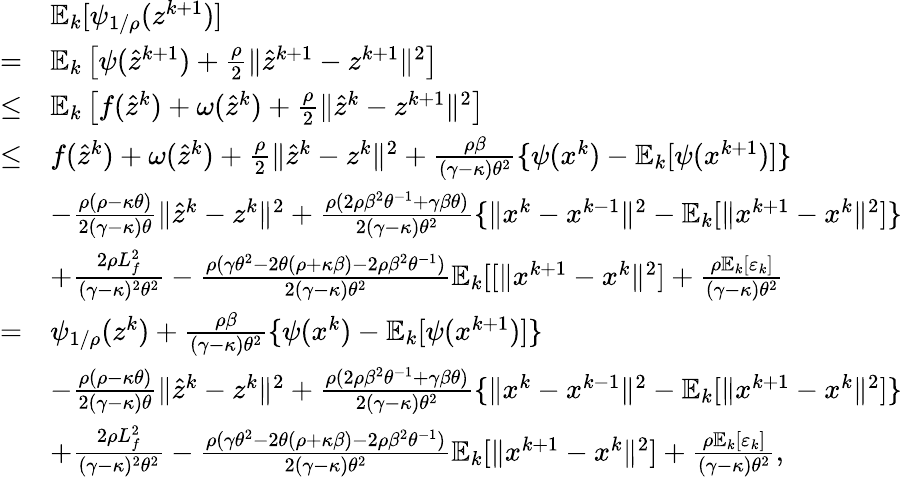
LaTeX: \begin{array}{rl}&{\mathbb{E}_{k}[\psi_{1/\rho}(z^{k+1})]}\\ {=}&{\mathbb{E}_{k}\left[\psi(\hat{z}^{k+1})+\frac{\rho}{2}\| \hat{z}^{k+1}-z^{k+1}\| ^{2}\right]}\\ {\leq}&{\mathbb{E}_{k}\left[f(\hat{z}^{k})+\omega(\hat{z}^{k})+\frac{\rho}{2}\| \hat{z}^{k}-z^{k+1}\| ^{2}\right]}\\ {\leq}&{f(\hat{z}^{k})+\omega(\hat{z}^{k})+\frac{\rho}{2}\| \hat{z}^{k}-z^{k}\| ^{2}+\frac{\rho\beta}{(\gamma-\kappa)\theta^{2}}\{ \psi(x^{k})-\mathbb{E}_{k}[\psi(x^{k+1})]\} }\\ &{-\frac{\rho(\rho-\kappa\theta)}{2(\gamma-\kappa)\theta}\| \hat{z}^{k}-z^{k}\| ^{2}+\frac{\rho(2\rho\beta^{2}\theta^{-1}+\gamma\beta\theta)}{2(\gamma-\kappa)\theta^{2}}\{ \| x^{k}-x^{k-1}\| ^{2}-\mathbb{E}_{k}[\| x^{k+1}-x^{k}\| ^{2}]\} }\\ &{+\frac{2\rho L_{f}^{2}}{(\gamma-\kappa)^{2}\theta^{2}}-\frac{\rho(\gamma\theta^{2}-2\theta(\rho+\kappa\beta)-2\rho\beta^{2}\theta^{-1})}{2(\gamma-\kappa)\theta^{2}}\mathbb{E}_{k}[[\| x^{k+1}-x^{k}\| ^{2}]+\frac{\rho\mathbb{E}_{k}[\varepsilon_{k}]}{(\gamma-\kappa)\theta^{2}}}\\ {=}&{\psi_{1/\rho}(z^{k})+\frac{\rho\beta}{(\gamma-\kappa)\theta^{2}}\{ \psi(x^{k})-\mathbb{E}_{k}[\psi(x^{k+1})]\} }\\ &{-\frac{\rho(\rho-\kappa\theta)}{2(\gamma-\kappa)\theta}\| \hat{z}^{k}-z^{k}\| ^{2}+\frac{\rho(2\rho\beta^{2}\theta^{-1}+\gamma\beta\theta)}{2(\gamma-\kappa)\theta^{2}}\{ \| x^{k}-x^{k-1}\| ^{2}-\mathbb{E}_{k}[\| x^{k+1}-x^{k}\| ^{2}]\} }\\ &{+\frac{2\rho L_{f}^{2}}{(\gamma-\kappa)^{2}\theta^{2}}-\frac{\rho(\gamma\theta^{2}-2\theta(\rho+\kappa\beta)-2\rho\beta^{2}\theta^{-1})}{2(\gamma-\kappa)\theta^{2}}\mathbb{E}_{k}[\| x^{k+1}-x^{k}\| ^{2}]+\frac{\rho\mathbb{E}_{k}[\varepsilon_{k}]}{(\gamma-\kappa)\theta^{2}},}\end{array}